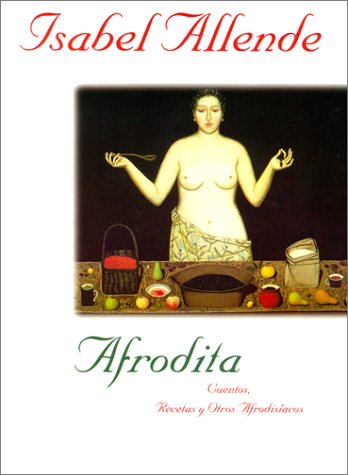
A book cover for Afrodita: cuentos, recetas y otros afrodisÃ­acos; Isabel Allende; Cookbooks, Food & Wine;